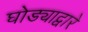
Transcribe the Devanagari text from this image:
घोड्याद्वारे